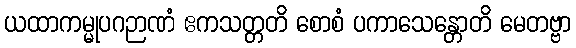
ယထာကမ္မုပဂဉာဏံ ဧကသတ္တတိ စောစံ ပကာသေန္တောတိ မေတဗ္ဗာ